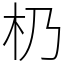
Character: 㭁